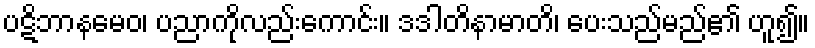
ပဋိဘာနမေဝ၊ ပညာကိုလည်းကောင်း။ ဒဒါတိနာမာတိ၊ ပေးသည်မည်၏ ဟူ၍။